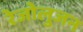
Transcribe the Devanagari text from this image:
रेजोलुजन